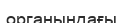
органындағы